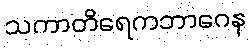
သကာတိရေကဘာဂေန